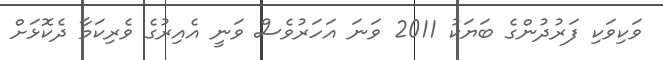
ވަކިވަކި ފަރުދުންގެ ބަޔަކު 2011 ވަނަ އަހަރުވެސް ވަނީ އެއިރުގެ ވެރިކަމާ ދެކޮޅަށް